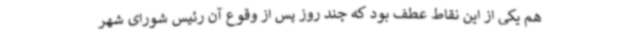
هم یکی از این نقاط عطف بود که چند روز پس از وقوع آن رئیس شورای شهر